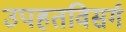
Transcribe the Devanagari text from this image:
उपहतविसर्ग